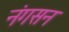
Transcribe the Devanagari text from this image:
नंगसन